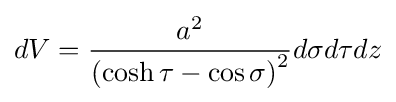
dV={\frac {a^{2}}{\left(\cosh \tau -\cos \sigma \right)^{2}}}d\sigma d\tau dz